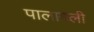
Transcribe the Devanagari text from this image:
पालागली